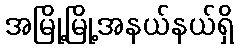
အမြို့မြို့အနယ်နယ်ရှိ